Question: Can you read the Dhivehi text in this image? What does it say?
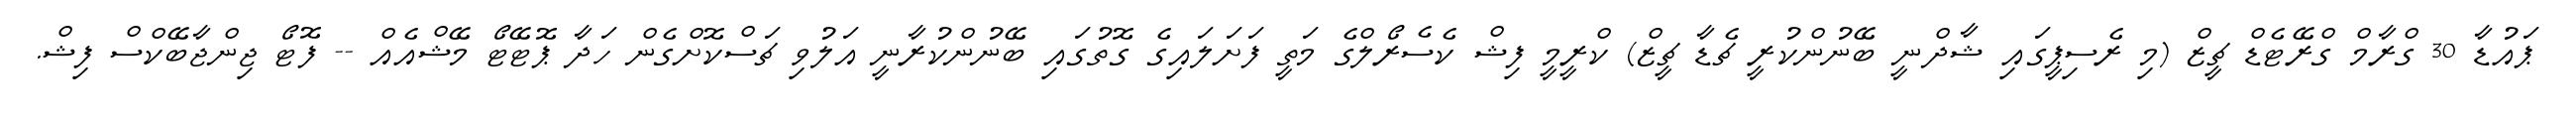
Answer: ޕައުޑާ 30 ގްރާމް ގްރޭޓެޑް ޗީޒް (މި ރެސިޕީގައި ޝާދްނީ ބޭނުންކުރީ ޗެޑާ ޗީޒް) ކްރީމީ ފިޝް ކެސެރޯލްގެ މަތީ ފަށަލައިގެ ގޮތުގައި ބޭނުންކުރާނީ އަލުވި ޗަސްކޮށްގެން ހަދާ ޕޮޓޭޓޯ މޭޝްއެއް -- ފޮޓޯ ޖިންޖާބޭކްސް ފިޝް.